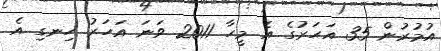
އުމުރުން 35 އަހަރުގެ އެ މީހާ 2011 ވަނަ އަހަރު ހިނގި އެ